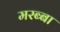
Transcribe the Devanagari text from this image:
मरब्बा